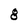
Character: g